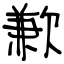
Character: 歉